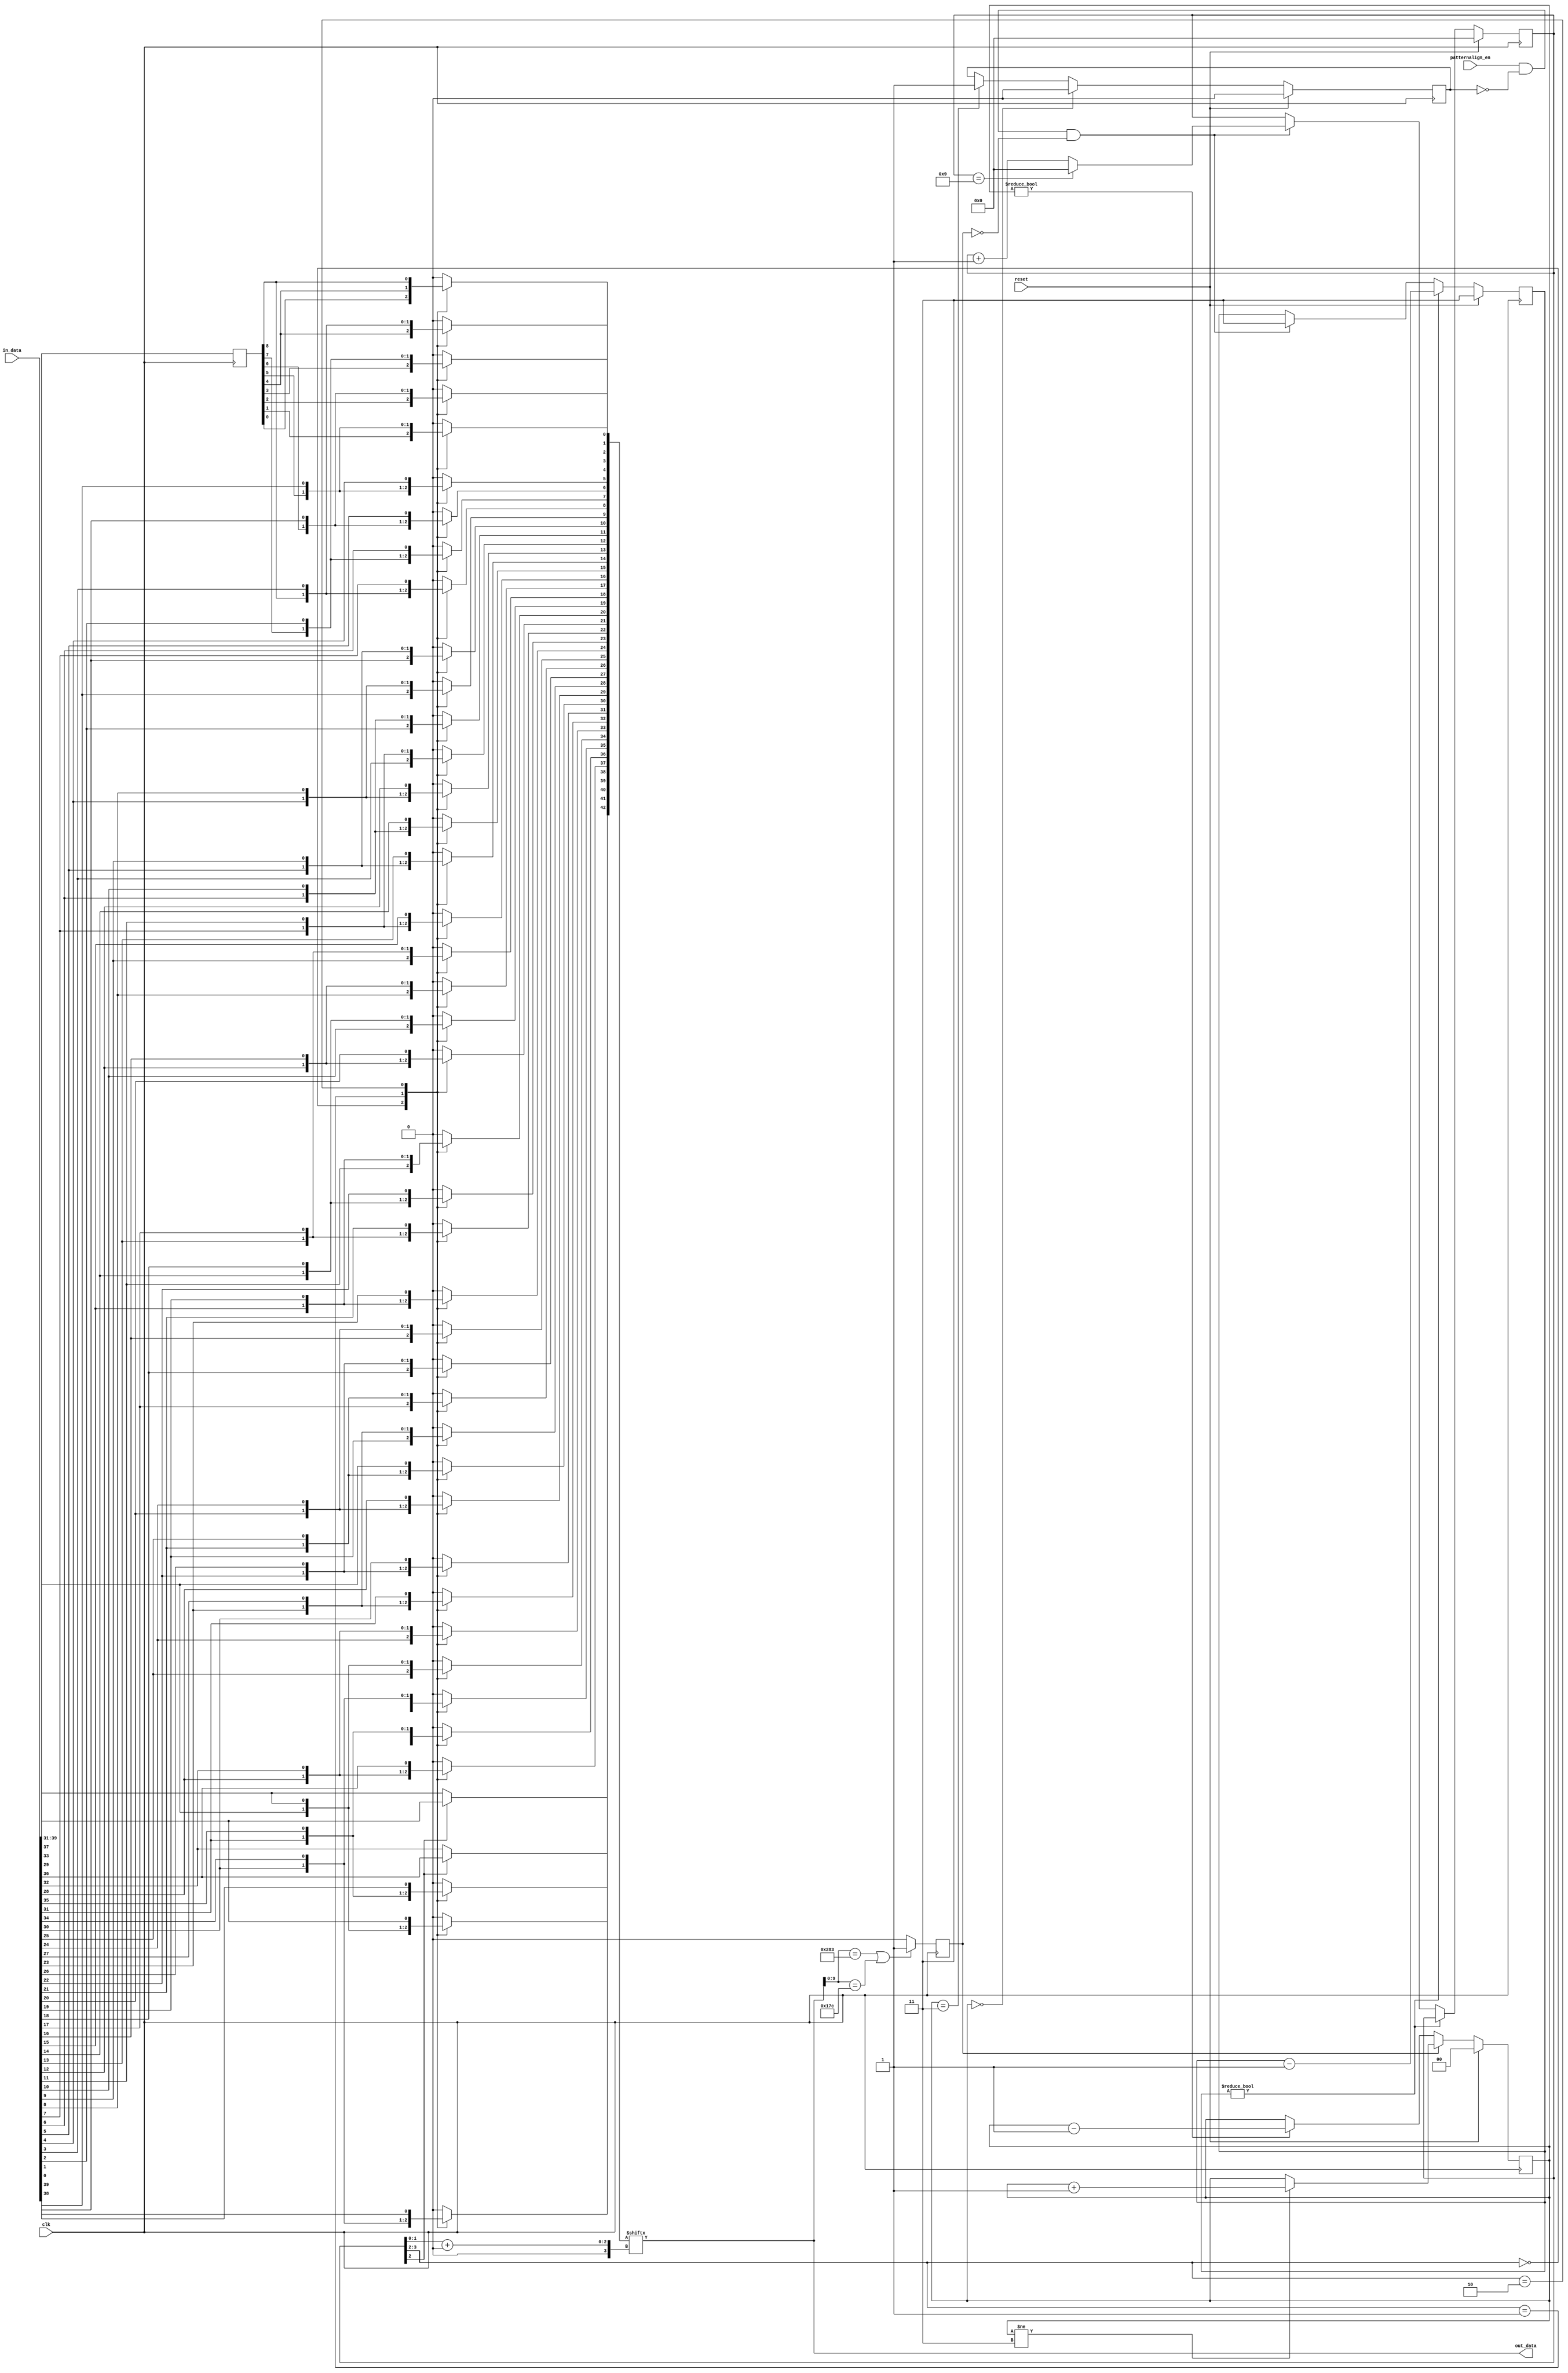
// ***************************************************************************
// ***************************************************************************
// Copyright (C) 2017, 2018, 2020, 2022 Analog Devices, Inc. All rights reserved.
// SPDX short identifier: ADIJESD204
// ***************************************************************************
// ***************************************************************************

`timescale 1ns/100ps

module jesd204_pattern_align #(
  parameter DATA_PATH_WIDTH = 4
) (
  input clk,
  input reset,

  input patternalign_en,

  input [DATA_PATH_WIDTH*10-1:0] in_data,
  output [DATA_PATH_WIDTH*10-1:0] out_data
);

  localparam [9:0] PATTERN_P = 10'b1010000011;
  localparam [9:0] PATTERN_N = 10'b0101111100;

  reg [1:0] match_counter = 2'h0;
  reg pattern_sync = 1'b0;
  reg pattern_match = 1'b0;

  reg [3:0] align = 4'h0;
  reg [1:0] cooldown = 2'h3;

  reg [8:0] data_d1 = 9'h00;
  reg [DATA_PATH_WIDTH*10+2:0] aligned_data_stage1;
  reg [DATA_PATH_WIDTH*10-1:0] aligned_data_stage2;
  wire [(DATA_PATH_WIDTH+1)*10-2:0] full_data;

  assign full_data = {in_data,data_d1};
  assign out_data = aligned_data_stage2;

  /* 2-stage cascade of 3:1 and 4:1 muxes */

  integer i;

  always @(*) begin
    for (i = 0; i < DATA_PATH_WIDTH*10+3; i = i + 1) begin
      if (i < DATA_PATH_WIDTH*10+1) begin
        case (align[3:2])
        2'b00: aligned_data_stage1[i] = full_data[i];
        2'b01: aligned_data_stage1[i] = full_data[i+4];
        2'b10: aligned_data_stage1[i] = full_data[i+8];
        default: aligned_data_stage1[i] = 1'b0;
        endcase
      end else begin
        case (align[2])
        1'b0: aligned_data_stage1[i] = full_data[i];
        default: aligned_data_stage1[i] = full_data[i+4];
        endcase
      end
    end

    aligned_data_stage2 = aligned_data_stage1[align[1:0]+:DATA_PATH_WIDTH*10];
  end

  always @(posedge clk) begin
    data_d1 <= in_data[DATA_PATH_WIDTH*10-9+:9];
  end

  always @(posedge clk) begin
    if (out_data[9:0] == PATTERN_P || out_data[9:0] == PATTERN_N) begin
      pattern_match <= 1'b1;
    end else begin
      pattern_match <= 1'b0;
    end
  end

  always @(posedge clk) begin
    if (reset == 1'b1) begin
      cooldown <= 2'h3;
      align <= 4'h0;
    end else begin
      if (cooldown != 2'h0) begin
        cooldown <= cooldown - 1'b1;
      end else if (patternalign_en == 1'b1 && pattern_sync == 1'b0 &&
                   pattern_match == 1'b0) begin
        cooldown <= 2'h3;
        if (align == 'h9) begin
          align <= 4'h0;
        end else begin
          align <= align + 1'b1;
        end
      end
    end
  end

  always @(posedge clk) begin
    if (reset == 1'b1) begin
      pattern_sync <= 1'b0;
      match_counter <= 2'h0;
    end else begin
      if (match_counter == 2'h0) begin
        pattern_sync <= 1'b0;
      end else if (match_counter == 2'h3) begin
        pattern_sync <= 1'b1;
      end

      if (pattern_match == 1'b1) begin
        if (match_counter != 2'h3) begin
          match_counter <= match_counter + 1'b1;
        end
      end else begin
        if (match_counter != 2'h0) begin
          match_counter <= match_counter - 1'b1;
        end
      end
    end
  end

endmodule